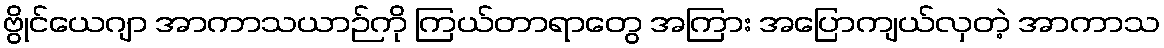
ဗွိုင်ယေဂျာ အာကာသယာဉ်ကို ကြယ်တာရာတွေ အကြား အပြောကျယ်လှတဲ့ အာကာသ